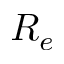
R _ { e }